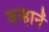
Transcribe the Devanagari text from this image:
वन्हानें